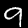
Digit: 9